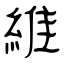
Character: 維